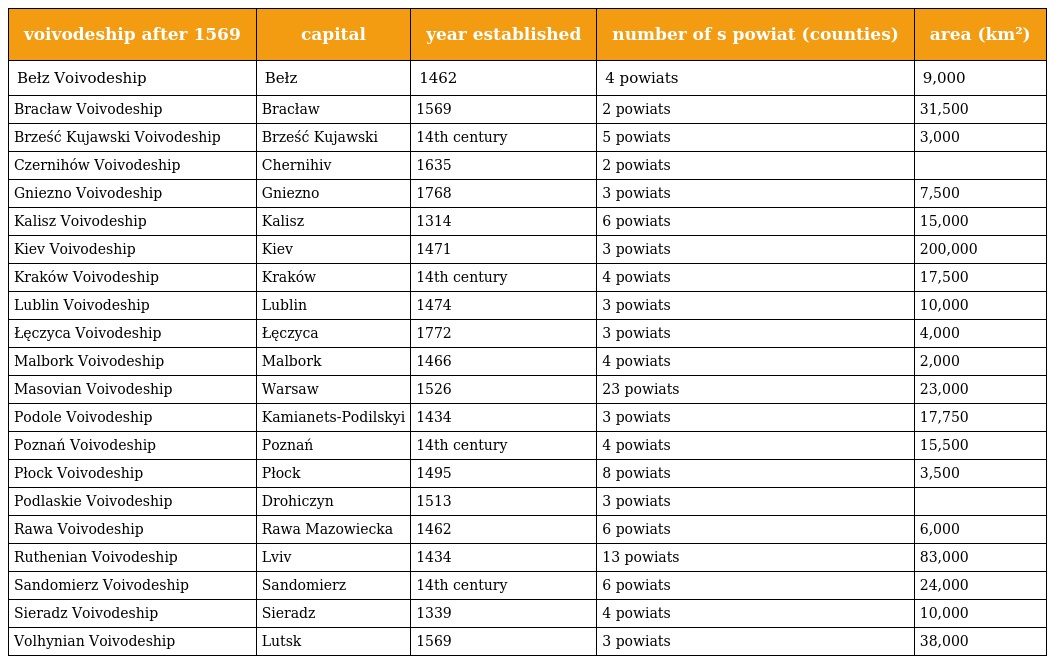
| voivodeship after 1569 | capital | year established | number of s powiat (counties) | area (km²) |
 | --- | --- | --- | --- | --- |
 | Bełz Voivodeship | Bełz | 1462 | 4 powiats | 9,000 |
 | Bracław Voivodeship | Bracław | 1569 | 2 powiats | 31,500 |
 | Brześć Kujawski Voivodeship | Brześć Kujawski | 14th century | 5 powiats | 3,000 |
 | Czernihów Voivodeship | Chernihiv | 1635 | 2 powiats |  |
 | Gniezno Voivodeship | Gniezno | 1768 | 3 powiats | 7,500 |
 | Kalisz Voivodeship | Kalisz | 1314 | 6 powiats | 15,000 |
 | Kiev Voivodeship | Kiev | 1471 | 3 powiats | 200,000 |
 | Kraków Voivodeship | Kraków | 14th century | 4 powiats | 17,500 |
 | Lublin Voivodeship | Lublin | 1474 | 3 powiats | 10,000 |
 | Łęczyca Voivodeship | Łęczyca | 1772 | 3 powiats | 4,000 |
 | Malbork Voivodeship | Malbork | 1466 | 4 powiats | 2,000 |
 | Masovian Voivodeship | Warsaw | 1526 | 23 powiats | 23,000 |
 | Podole Voivodeship | Kamianets-Podilskyi | 1434 | 3 powiats | 17,750 |
 | Poznań Voivodeship | Poznań | 14th century | 4 powiats | 15,500 |
 | Płock Voivodeship | Płock | 1495 | 8 powiats | 3,500 |
 | Podlaskie Voivodeship | Drohiczyn | 1513 | 3 powiats |  |
 | Rawa Voivodeship | Rawa Mazowiecka | 1462 | 6 powiats | 6,000 |
 | Ruthenian Voivodeship | Lviv | 1434 | 13 powiats | 83,000 |
 | Sandomierz Voivodeship | Sandomierz | 14th century | 6 powiats | 24,000 |
 | Sieradz Voivodeship | Sieradz | 1339 | 4 powiats | 10,000 |
 | Volhynian Voivodeship | Lutsk | 1569 | 3 powiats | 38,000 |